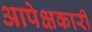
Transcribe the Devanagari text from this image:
आपेक्षकारी